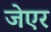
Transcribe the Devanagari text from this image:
जेएर